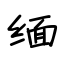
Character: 缅